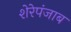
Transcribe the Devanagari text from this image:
शेरेपंजाब